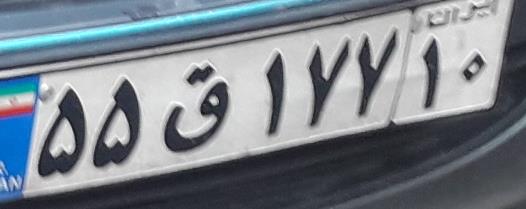
۵۵ق۱۷۷۱۰